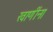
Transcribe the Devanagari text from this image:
खाणींना